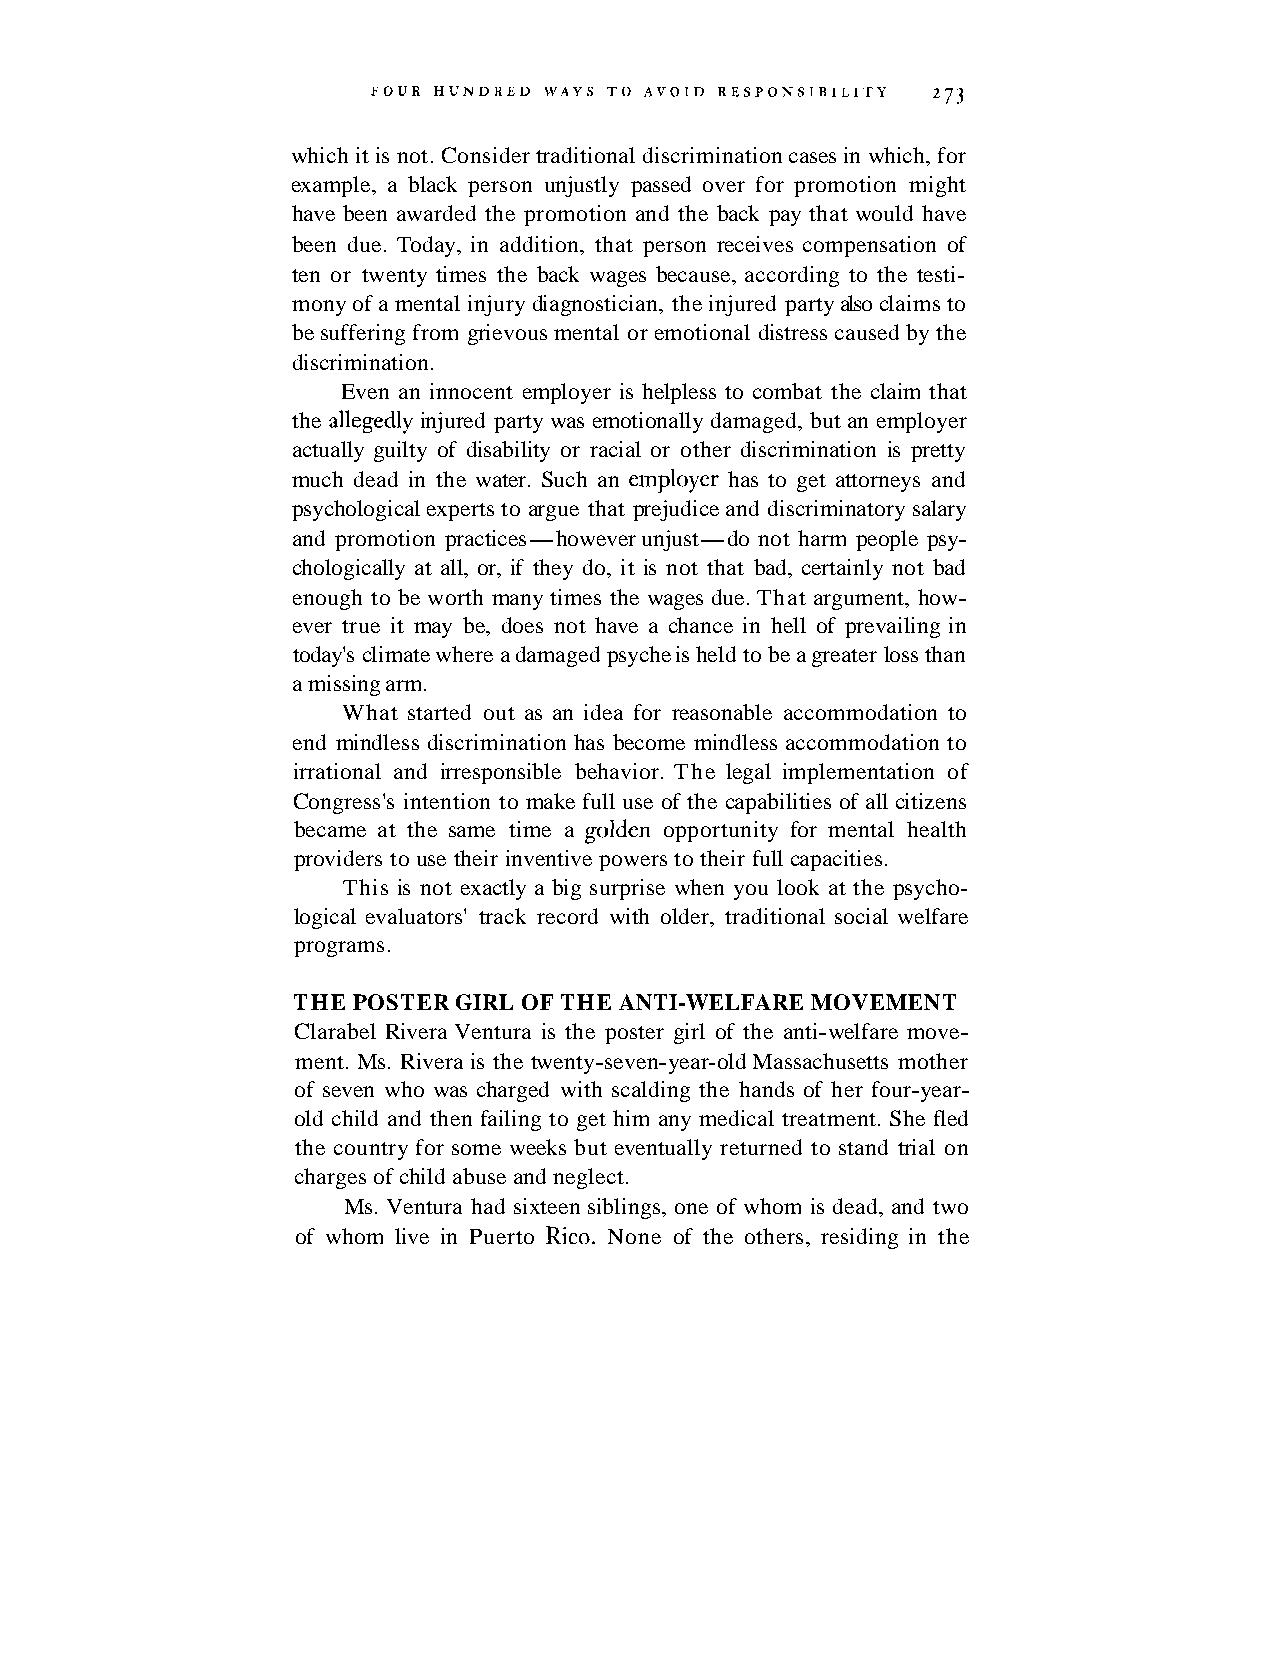
which it is not. Consider traditional discrimination cases in which, for
 example, a black person unjustly passed over for promotion might
 have been awarded the promotion and the back pay that would have
 been due. Today, in addition, that person receives compensation of
 ten or twenty times the back wages because, according to the testi-
 mony of a mental injury diagnostician, the injured party also claims to
 be suffering from grievous mental or emotional distress caused by the
 discrimination.
 Even an innocent employer is helpless to combat the claim that
 the allegedly injured party was emotionally damaged, but an employer
 actually guilty of disability or racial or other discrimination is pretty
 much dead in the water. Such an employer has to get attorneys and
 psychological experts to argue that prejudice and discriminatory salary
 and promotion practices-however unjust-do not harm people psy-
 chologically at all, or, if they do, it is not that bad, certainly not bad
 enough to be worth many times the wages due. That argument, how-
 ever true it may be, does not have a chance in hell of prevailing in
 today's climate where a damaged psyche is held to be a greater loss than
 a missing arm.
 What started out as an idea for reasonable accommodation to
 end mindless discrimination has become mindless accommodation to
 irrational and irresponsible behavior. The legal implementation of
 Congress's intention to make full use of the capabilities of all citizens
 became at the same time a golden opportunity for mental health
 providers to use their inventive powers to their full capacities.
 This is not exactly a big surprise when you look at the psycho-
 logical evaluators' track record with older, traditional social welfare
 programs.
 THE POSTER GIRL OF THE ANTI-WELFARE MOVEMENT
 Clarabel Rivera Ventura is the poster girl of the anti-welfare move-
 ment. Ms. Rivera is the twenty-seven-year-old Massachusetts mother
 of seven who was charged with scalding the hands of her four-year-
 old child and then failing to get him any medical treatment. She fled
 the country for some weeks but eventually returned to stand trial on
 charges of child abuse and neglect.
 Ms. Ventura had sixteen siblings, one of whom is dead, and two
 of whom live in Puerto Rico. None of the others, residing in the